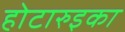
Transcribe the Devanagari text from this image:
होटारुइका